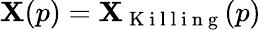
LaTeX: \mathbf{X}(p)=\mathbf{X}_{\mathrm{{~K~i~l~l~i~n~g~}}}(p)